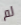
لم